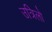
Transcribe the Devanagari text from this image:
उत्रिलो